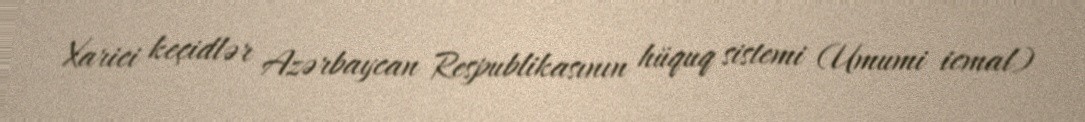
Xarici keçidlər Azərbaycan Respublikasının hüquq sistemi (Umumi icmal)